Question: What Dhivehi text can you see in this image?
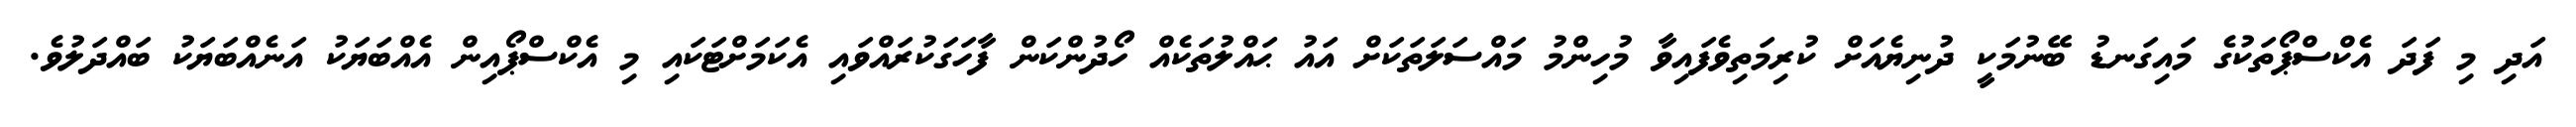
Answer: އަދި މި ފަދަ އެކްސްޕޯތަކުގެ މައިގަނޑު ބޭނުމަކީ ދުނިޔެއަށް ކުރިމަތިވެފައިވާ މުހިންމު މައްސަލަތަކަށް އައު ޙައްލުތަކެއް ހޯދުންކަން ފާހަގަކުރައްވައި އެކަމަށްޓަކައި މި އެކްސްޕޯއިން އެއްބަޔަކު އަނެއްބަޔަކު ބައްދަލުވެ.